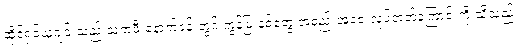
ဆိုင်ရှင်ယူဂျင်းသည် သူ့ကဖီးနောက်ခန်းတွင် ကွန်မြူနစ်တွေ အစည်းအဝေးလုပ်တတ်ကြောင်းကို သိသည်။